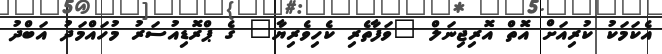
އެކަމަކު ކުރިއަށް އޮތް އޮރިޖިނަލް "ވަފާތެރި ކެހިވެރިޔާ" ގެ ޕްރޮޑިއުސަރު މުހައްމަދު އަބްދު